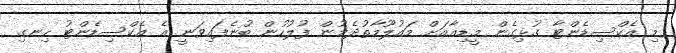
މި އެކްސިޑެންޓާ ގުޅިގެން މީޑިއާއަށް މައުލޫމާތުދެމުން ފުލުހުން ބުނެފައިވަނީ އެ އެކްސިޑެންޓު ހިނގި